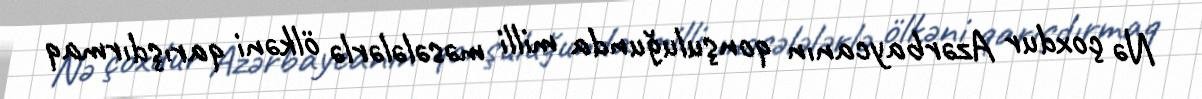
Nə çoxdur Azərbaycanın qonşuluğunda milli məsələlərlə ölkəni qarışdırmaq